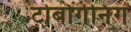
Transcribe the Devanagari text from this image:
टोबोगेनिंग